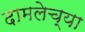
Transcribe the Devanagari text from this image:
दामलेच्या